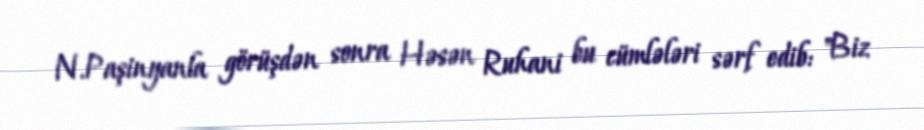
N.Paşinyanla görüşdən sonra Həsən Ruhani bu cümlələri sərf edib: "Biz